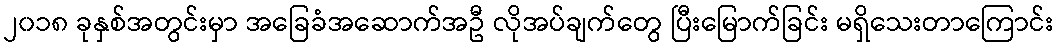
၂၀၁၈ ခုနှစ်အတွင်းမှာ အခြေခံအဆောက်အဦ လိုအပ်ချက်တွေ ပြီးမြောက်ခြင်း မရှိသေးတာကြောင်း